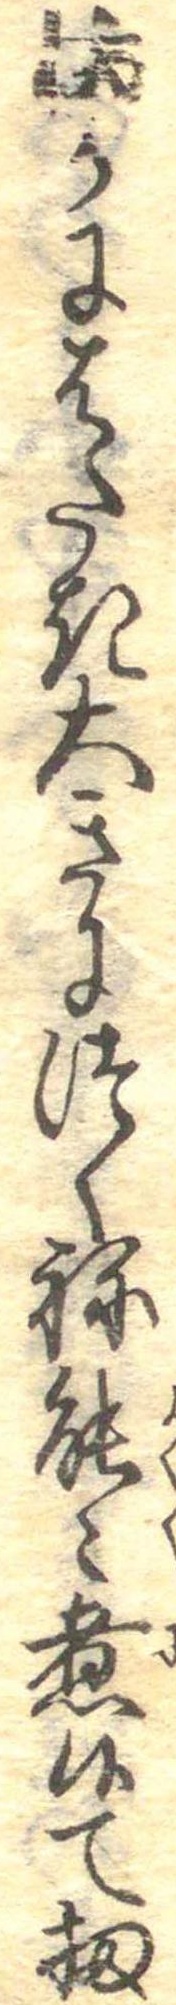
まかにはたき大きにつくね能〻煮候て扨